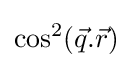
\cos ^{2}({\vec {q}}.{\vec {r}})